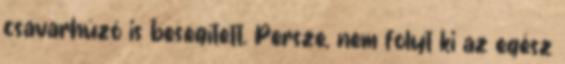
csavarhúzó is besegített. Persze, nem folyt ki az egész